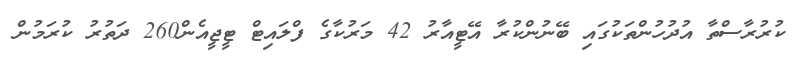
ކުރުރާސްތާ އުދުހުންތަކުގައި ބޭނުންކުރާ އޭޓީއާރު 42 މަރުކާގެ ފްލައިޓް ޓީޖީއެން260 ދަތުރު ކުރަމުން